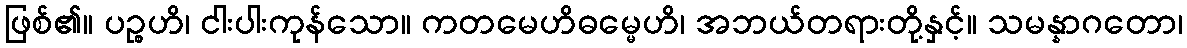
ဖြစ်၏။ ပဉ္စဟိ၊ ငါးပါးကုန်သော။ ကတမေဟိဓမ္မေဟိ၊ အဘယ်တရားတို့နှင့်။ သမန္နာဂတော၊